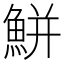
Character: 鮩